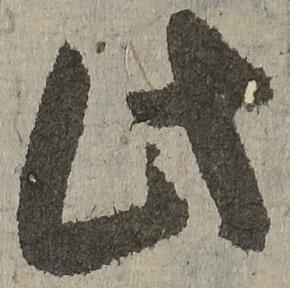
此